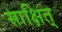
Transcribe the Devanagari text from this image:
साक्षित्‌